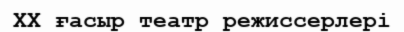
XX ғасыр театр режиссерлері